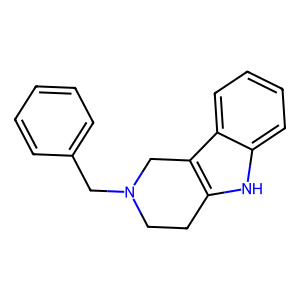
SMILES: c1ccc(CN2CCc3[nH]c4ccccc4c3C2)cc1
Inhibits HIV replication: No